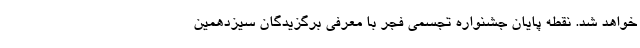
خواهد شد. نقطه پایان جشنواره تجسمی فجر با معرفی برگزیدگان سیزدهمین